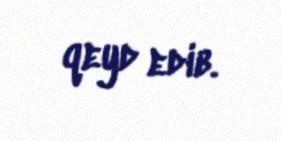
qeyd edib.